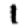
Digit: 1